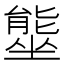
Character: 𭏿